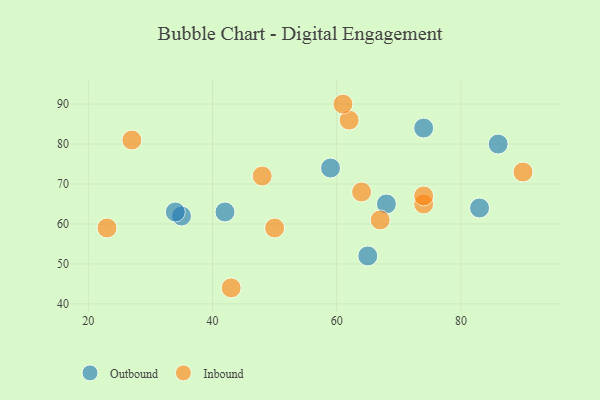
{"axis": {"x": "GDP", "y": "Life Expectancy"}, "legend": ["Inbound", "Outbound"], "data": [{"x": "65", "y": 52, "type": "Outbound"}, {"x": "35", "y": 62, "type": "Outbound"}, {"x": "68", "y": 65, "type": "Outbound"}, {"x": "86", "y": 80, "type": "Outbound"}, {"x": "83", "y": 64, "type": "Outbound"}, {"x": "59", "y": 74, "type": "Outbound"}, {"x": "34", "y": 63, "type": "Outbound"}, {"x": "42", "y": 63, "type": "Outbound"}, {"x": "74", "y": 84, "type": "Outbound"}, {"x": "62", "y": 86, "type": "Inbound"}, {"x": "67", "y": 61, "type": "Inbound"}, {"x": "74", "y": 65, "type": "Inbound"}, {"x": "48", "y": 72, "type": "Inbound"}, {"x": "64", "y": 68, "type": "Inbound"}, {"x": "43", "y": 44, "type": "Inbound"}, {"x": "23", "y": 59, "type": "Inbound"}, {"x": "90", "y": 73, "type": "Inbound"}, {"x": "27", "y": 81, "type": "Inbound"}, {"x": "61", "y": 90, "type": "Inbound"}, {"x": "50", "y": 59, "type": "Inbound"}, {"x": "74", "y": 67, "type": "Inbound"}]}